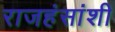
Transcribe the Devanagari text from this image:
राजहंसांशी